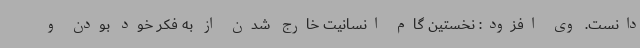
دانست. وی افزود: نخستین گام انسانیت خارج شدن از به فکر خود بودن و